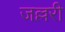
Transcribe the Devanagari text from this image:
जल्लरी